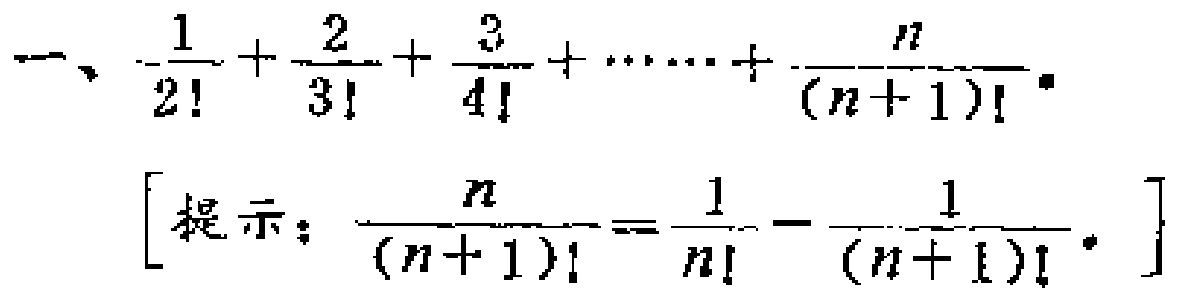
一、$\frac{1}{2!}+\frac{2}{3!}+\frac{3}{4!}+\cdots\cdots+\frac{n}{(n + 1)!}$。
[提示：$\frac{n}{(n + 1)!}=\frac{1}{n!}-\frac{1}{(n + 1)!}$。]